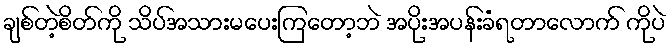
ချစ်တဲ့စိတ်ကို သိပ်အသားမပေးကြတော့ဘဲ အပိုးအပန်းခံရတာလောက် ကိုပဲ